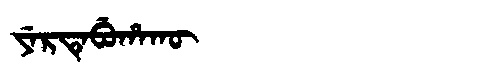
Manchu: ᠶᡝᡵᡨᡝᠪᡠᡥᠠᡴᡡ
Romanization: YERTEBUHAKŪ